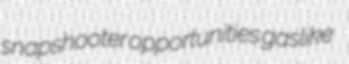
snapshooter opportunities gaslike